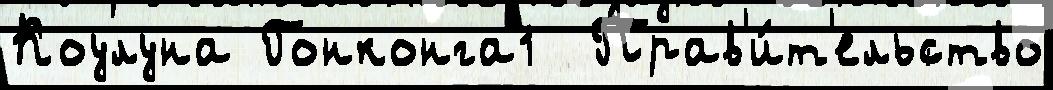
Коулуна Гонконга1  Прав'и́т'ельство